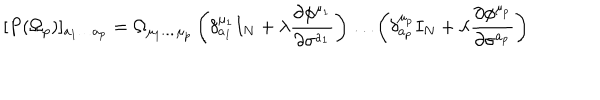
LaTeX: [ P ( \Omega _ { p } ) ] _ { a _ { 1 } \ldots a _ { p } } = \Omega _ { \mu _ { 1 } \ldots \mu _ { p } } \left( \delta _ { a _ { 1 } } ^ { \mu _ { 1 } } I _ { N } + \lambda \frac { \partial \phi ^ { \mu _ { 1 } } } { \partial \sigma ^ { a _ { 1 } } } \right) \ldots \left( \delta _ { a _ { p } } ^ { \mu _ { p } } I _ { N } + \lambda \frac { \partial \phi ^ { \mu _ { p } } } { \partial \sigma ^ { a _ { p } } } \right)